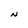
Character: N